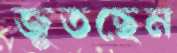
জুতছেন